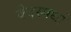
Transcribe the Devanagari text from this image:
वेदस्पर्धा